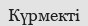
Күрмекті